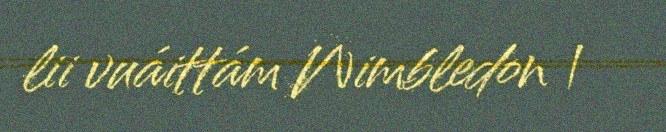
lii vuáittám Wimbledon |